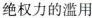
绝权力的滥用